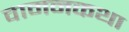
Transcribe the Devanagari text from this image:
वामनकथा